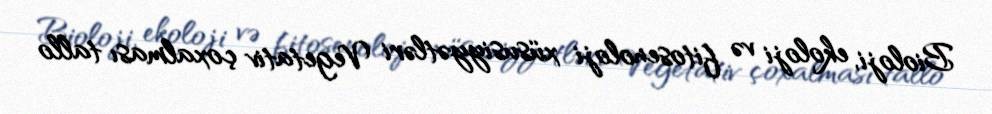
Bioloji, ekoloji və fitosenoloji xüsusiyyətləri Vegetativ çoxalması tallo